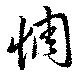
惆